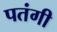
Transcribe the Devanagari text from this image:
पतंगी